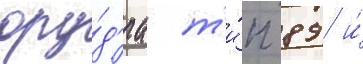
ору́д'иа т'и́п 89 и́